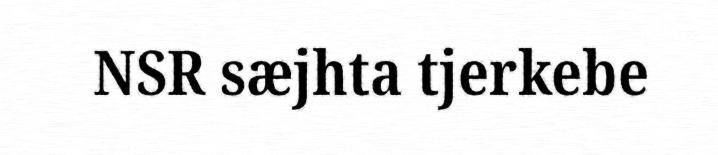
NSR sæjhta tjerkebe